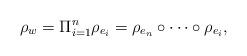
LaTeX: \begin{align*}\rho_w = \Pi_{i=1}^n \rho_{e_i} = \rho_{e_n} \circ \cdots \circ \rho_{e_i},\end{align*}